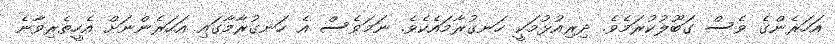
އަހަރެންގެ ވެސް ގަބޫލުކުރަމެވެ. ދިރިއުޅުމަކީ ހަނގުރާމައެކެވެ. ނަމަވެސް އެ ހަނގުރާމާގައި އަހަރެންނަށް އެހީތެރިވާނެ